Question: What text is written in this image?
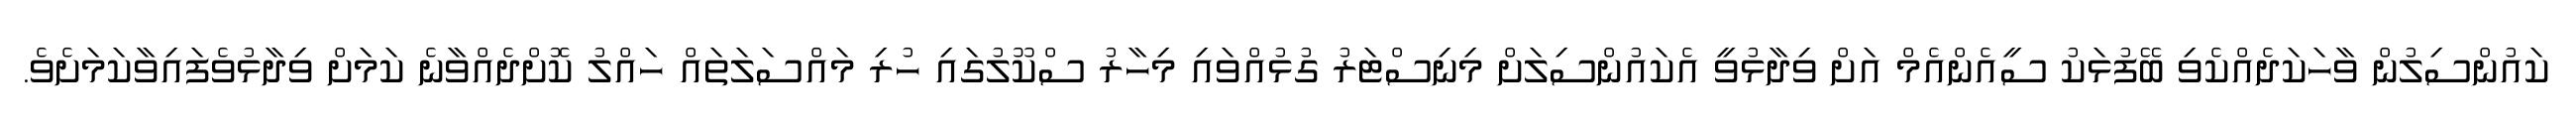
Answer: ކައުންސިލުން ވާހަކަދެއްކެވި ބޭފުޅަކު ސީއެންއެމް އަށް ވިދާޅުވީ އެކައުންސިލަށް މިނިސްޓަރު ގުޅުއްވައި މިހާރު ސްކޫލުގައި ހުރި މައްސަލަތައް ހައްލު ކޮށްދެއްވާނެ ކަމަށް ވިދާޅުވެފައިވާކަމަށެވެ.